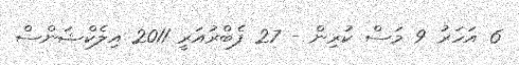
6 އަހަރު 9 މަސް ކުރިން - 27 ފެބްރުއަރީ 2011 އިލެކްޝަންސް